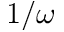
1 / \omega